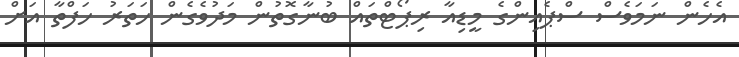
އެހެން ނަމަވެސް ސްޕެއިންގެ މީޑިއާ ރިޕޯޓްތައް ބުނާގޮތުން މަދުވެގެން ހަތަރު ހަފްތާ އަށް